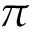
\pi